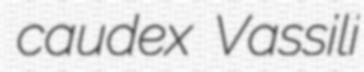
caudex Vassili